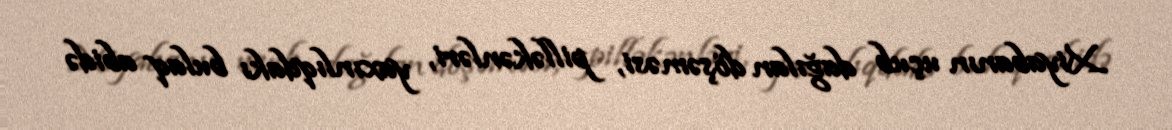
Xiyabanın uçub dağılan döşəməsi, pilləkənləri, yaxınlıqdakı bulaq abidə